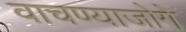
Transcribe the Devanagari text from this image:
वाचण्याजोगे